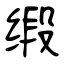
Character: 缎